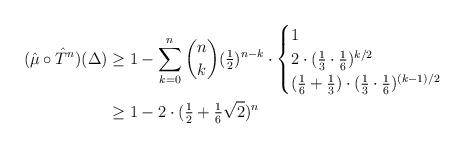
LaTeX: \begin{align*}(\hat \mu \circ \hat T^n)(\Delta) &\ge 1 - \sum_{k=0}^n \binom{n}{k} (\tfrac12)^{n-k} \cdot \begin{cases}1 &\\2 \cdot (\tfrac13 \cdot \tfrac16)^{k/2} & \\(\tfrac16 + \tfrac13) \cdot (\tfrac13 \cdot \tfrac16)^{(k-1)/2} &\end{cases}\\&\ge 1 - 2 \cdot (\tfrac12 + \tfrac16\sqrt2)^n\end{align*}